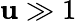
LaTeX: \mathbf{u}\gg1